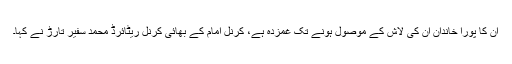
ان کا پورا خاندان ان کی لاش کے موصول ہونے تک غمزدہ ہے، کرنل امام کے بھائی کرنل ریٹائرڈ محمد سفیر تارڑ نے کہا۔